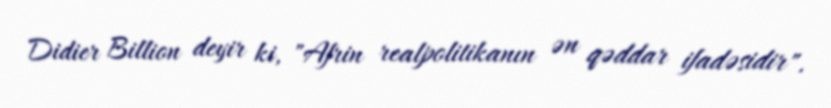
Didier Billion deyir ki, "Afrin realpolitikanın ən qəddar ifadəsidir".